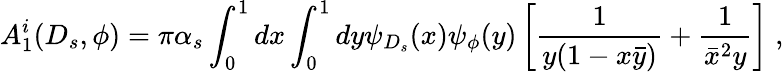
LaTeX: A_{1}^{i}(D_{s},\phi)=\pi\alpha_{s}\int_{0}^{1}dx\int_{0}^{1}dy\psi_{D_{s}}(x)\psi_{\phi}(y)\left[\frac{1}{y(1-x\bar{y})}+\frac{1}{\bar{x}^{2}y}\right]\; ,